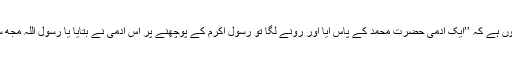
تاریخ اسلام میں ایک واقعہ یوں ہے کہ ’’ایک آدمی حضرت محمدؐ کے پاس آیا اور رونے لگا تو رسول اکرمؐ کے پوچھنے پر اس آدمی نے بتایا یا رسولؐ اللہ مجھ سے بہت بڑا گنا ہ ہو گیا ہے۔